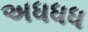
અધધધ